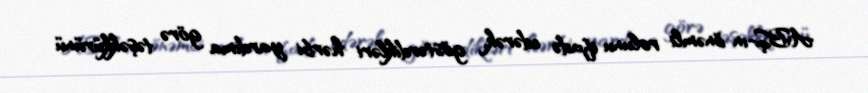
ABŞ-ın önəmli rolunu ifadə edərək, göstərdikləri hərbi yardıma görə təşəkkürünü